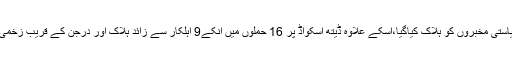
22 ریاستی مخبروں کو ہلاک کیاگیا،اسکے علاوہ ڈیتھ اسکواڈ پر 16 حملوں میں انکے9 اہلکار سے زائد ہلاک اور درجن کے قریب زخمی کیے۔